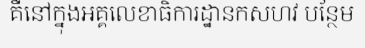
គឺនៅក្នុងអគ្គលេខាធិការដ្ឋានកសហវ បន្ថែម